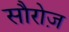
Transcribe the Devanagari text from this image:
सौरोज़